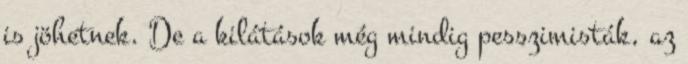
is jöhetnek. De a kilátások még mindig pesszimisták, az